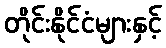
တိုင်းနိုင်ငံများနှင့်